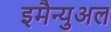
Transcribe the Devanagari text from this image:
इमैन्युअल